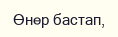
Өнер бастап,